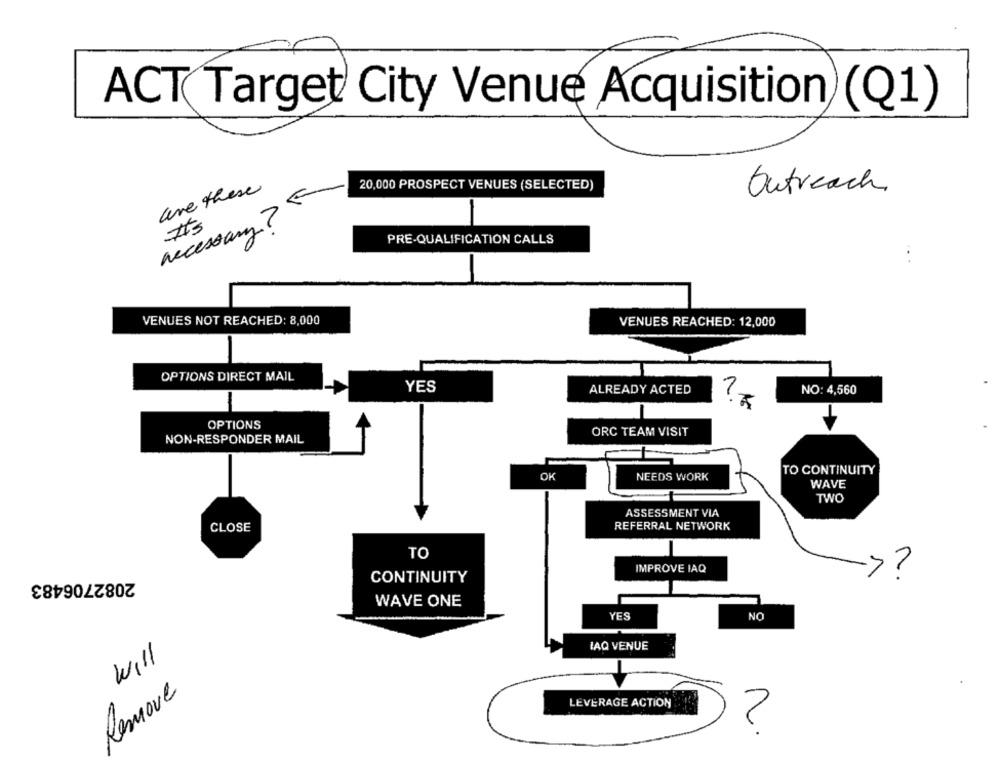
ACT Target City Venue Acquisition (Q1)
are these
20,000 PROSPECT VENUES (SELECTED)
Outreach
necessary? 5
#3
PRE-QUALIFICATION CALLS
VENUES NOT REACHED: 8,000
VENUES REACHED: 12,000
OPTIONS DIRECT MAIL
YES
ALREADY ACTED
NO: 4,560
-
OPTIONS
ORC TEAM VISIT
NON-RESPONDER MAIL
TO CONTINUITY
OK
NEEDS WORK
WAVE
TWO
ASSESSMENT VIA
REFERRAL NETWORK
CLOSE
TO
IMPROVE IAQ
2082706483
CONTINUITY
->?
WAVE ONE
YES
NO
IAQ VENUE
will
Remove
LEVERAGE ACTION
?